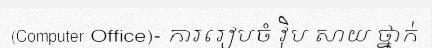
(Computer Office)- ការរៀបចំ វ៉ិប សាយ ថ្នាក់